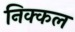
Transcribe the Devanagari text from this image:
निक्कल